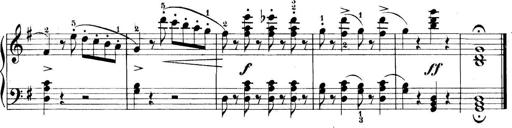
Title: 11 Sonatinas
Composer: Anton Diabelli